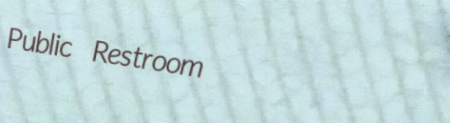
Public Restroom